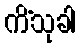
ကိံသုခါ